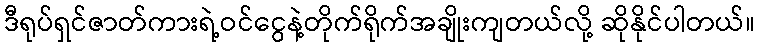
ဒီရုပ်ရှင်ဇာတ်ကားရဲ့ဝင်ငွေနဲ့တိုက်ရိုက်အချိုးကျတယ်လို့ ဆိုနိုင်ပါတယ်။